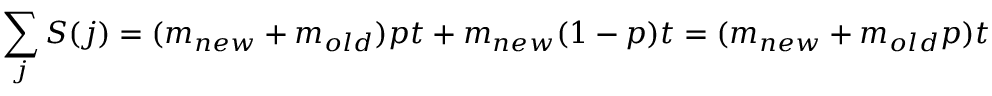
\sum _ { j } { S ( j ) } = ( m _ { n e w } + m _ { o l d } ) p t + m _ { n e w } ( 1 - p ) t = ( m _ { n e w } + m _ { o l d } p ) t